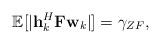
LaTeX: \begin{align*}\mathbb{E}[|{\bf h}^H_k {\bf F} {\bf w}_k|]=\gamma_{ZF},\end{align*}